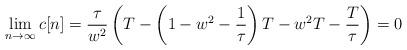
LaTeX: \begin{align*}\lim_{n\rightarrow \infty} c[n] = \frac{\tau}{w^2} \left( T - \left( 1-w^2-\frac{1}{\tau} \right)T -w^2T - \frac{T}{\tau} \right) = 0\end{align*}